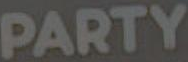
PARTY